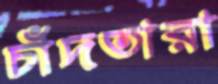
চাঁদতারা